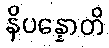
နိပန္နောတိ